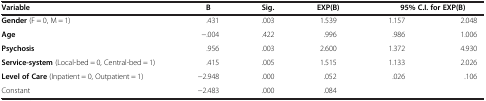
| Variable | B | Sig. | EXP(B) | <COLSPAN=2> 95% C.I. for EXP(B) |
 | --- | --- | --- | --- | --- | --- |
 | Gender (F = 0, M = 1) | .431 | .003 | 1.539 | 1.157 | 2.048 |
 | Age | -.004 | .422 | .996 | .986 | 1.006 |
 | Psychosis | .956 | .003 | 2.600 | 1.372 | 4.930 |
 | Service-system (Local-bed = 0, Central-bed = 1) | .415 | .005 | 1.515 | 1.133 | 2.026 |
 | Level of Care (Inpatient = 0, Outpatient = 1) | -2.948 | .000 | .052 | .026 | .106 |
 | Constant | -2.483 | .000 | .084 |  |  |